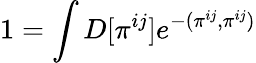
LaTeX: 1=\int D[\pi^{ij}]e^{-(\pi^{ij},\pi^{ij})}